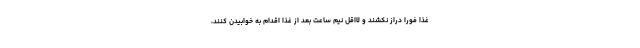
غذا فورا دراز نکشند و لااقل نیم ساعت بعد از غذا اقدام به خوابیدن کنند،